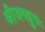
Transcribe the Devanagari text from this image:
श्रीजगद्गुरुः